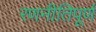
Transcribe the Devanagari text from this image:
रणनीतिपूर्ण